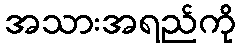
အသားအရည်ကို